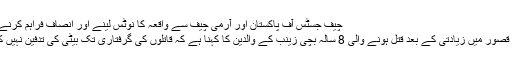
چیف جسٹس آف پاکستان اور آرمی چیف سے واقعہ کا نوٹس لینے اور انصاف فراہم کرنے کی اپیل.
اسلام آباد: قصور میں زیادتی کے بعد قتل ہونے والی 8 سالہ بچی زینب کے والدین کا کہنا ہے کہ قاتلوں کی گرفتاری تک بیٹی کی تدفین نہیں کریں گے۔